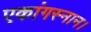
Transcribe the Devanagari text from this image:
एकांगस्नान।